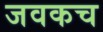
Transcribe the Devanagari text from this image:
जवकच